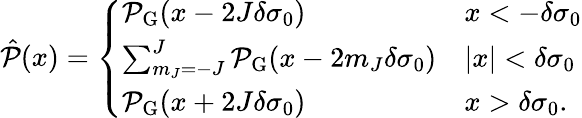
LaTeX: \hat{\mathcal{P}}(x)=\left\{ \begin{array}{ll}{\mathcal{P}_{\mathrm{G}}(x-2J\delta\sigma_{0})}&{x<-\delta\sigma_{0}}\\ {\sum_{m_{J}=-J}^{J}\mathcal{P}_{\mathrm{G}}(x-2m_{J}\delta\sigma_{0})}&{|x|<\delta\sigma_{0}}\\ {\mathcal{P}_{\mathrm{G}}(x+2J\delta\sigma_{0})}&{x>\delta\sigma_{0}.}\end{array}\right.